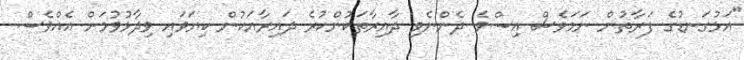
"އަޅުގަނޑުގެ ފަރާތުން ނަމަވެސް އިސްވެ ދެންނެވި ދާއިރާތަކުންކުރެ ދައިރާއަކުން ކިޔަވައި ވިދާޅުވުމަށް އެއްވެސް